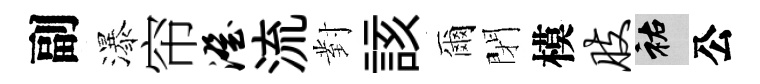
副瀑帘澄流對該爾閉模肢祐公